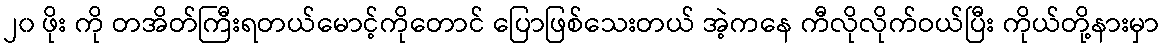
၂၀ ဖိုး ကို တအိတ်ကြီးရတယ်မောင့်ကိုတောင် ပြောဖြစ်သေးတယ် အဲ့ကနေ ကီလိုလိုက်ဝယ်ပြီး ကိုယ်တို့နားမှာ